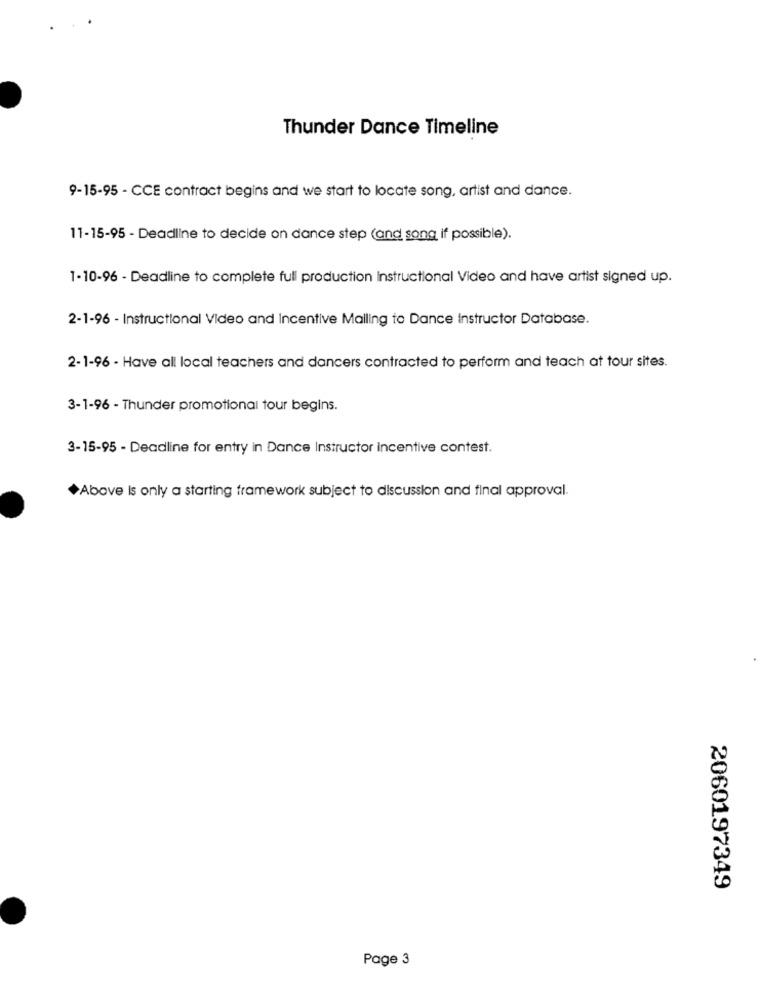
Thunder Dance Timeline
9-15-95 - CCE contract begins and we start to locate song, artist and dance.
11-15-95 - Deadline to decide on dance step (and song if possible).
1-10-96 - Deadline to complete full production instructional Video and have artist signed up.
2-1-96 - Instructional Video and Incentive Mailing to Dance Instructor Database.
2-1-96 - Have all local teachers and dancers contracted to perform and teach at tour sites.
3-1-96 - Thunder promotional tour begins.
3-15-95 - Deadline for entry in Dance Instructor incentive contest.
*Above Is only a starting framework subject to discussion and final approval.
2060197349
Page 3